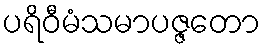
ပရိဝီမံသမာပဇ္ဇတော